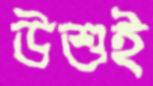
উশুই